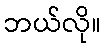
ဘယ်လို။